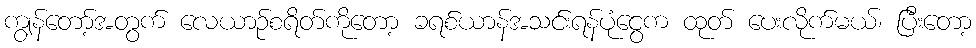
ကျွန်တော့်အတွက် လေယာဉ်စရိတ်ကိုတော့ ခရစ်ယာန်အသင်းရန်ပုံငွေက ထုတ် ပေးလိုက်မယ်၊ ပြီးတော့